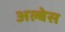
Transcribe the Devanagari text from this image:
अल्बेस